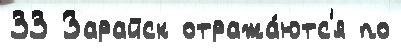
33 Зарайск отража́ютс'я по